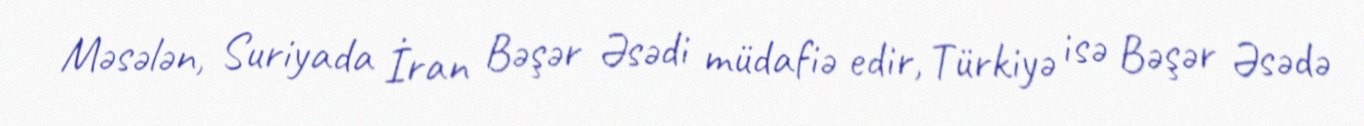
Məsələn, Suriyada İran Bəşər Əsədi müdafiə edir, Türkiyə isə Bəşər Əsədə